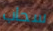
سحاب